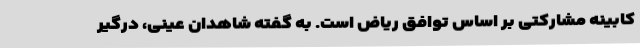
کابینه مشارکتی بر اساس توافق ریاض است. به گفته شاهدان عینی، درگیر